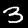
Label: 3